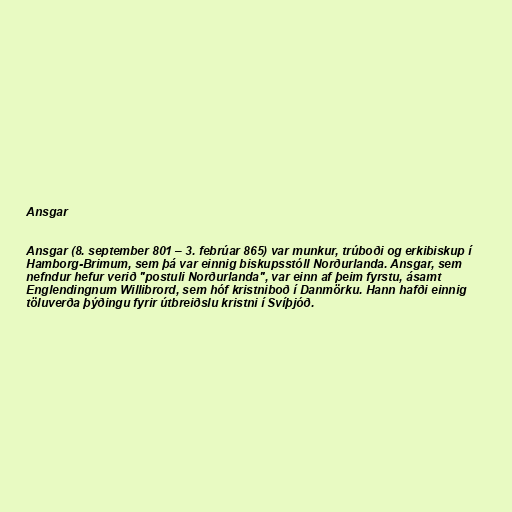
Ansgar

Ansgar (8. september 801 – 3. febrúar 865) var munkur, trúboði og erkibiskup í
Hamborg-Brimum, sem þá var einnig biskupsstóll Norðurlanda. Ansgar, sem
nefndur hefur verið "postuli Norðurlanda", var einn af þeim fyrstu, ásamt
Englendingnum Willibrord, sem hóf kristniboð í Danmörku. Hann hafði einnig
töluverða þýðingu fyrir útbreiðslu kristni í Svíþjóð.